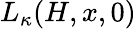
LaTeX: L_{\kappa}(H,x,0)